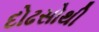
દોઢસોથી